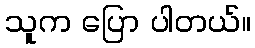
သူက ပြော ပါတယ်။